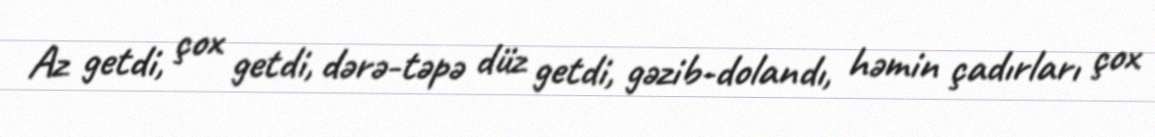
Az getdi, çox getdi, dərə-təpə düz getdi, gəzib-dolandı, həmin çadırları çox